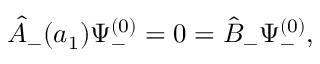
{ \hat { A } } _ { - } ( a _ { 1 } ) \Psi _ { - } ^ { ( 0 ) } = 0 = { \hat { B } } _ { - } \Psi _ { - } ^ { ( 0 ) } ,